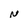
Character: N